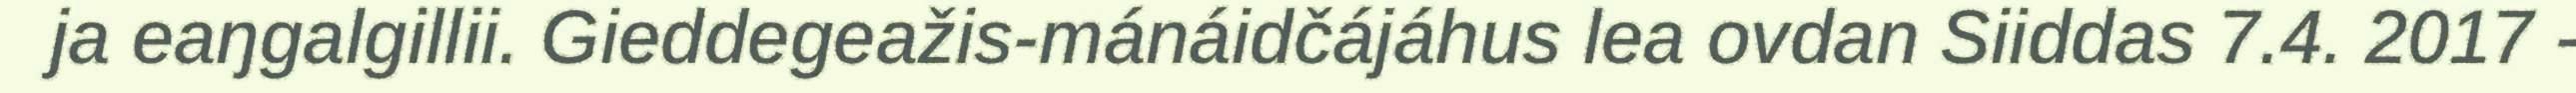
ja eaŋgalgillii. Gieddegeažis-mánáidčájáhus lea ovdan Siiddas 7.4. 2017 -